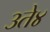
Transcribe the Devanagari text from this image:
३ते४